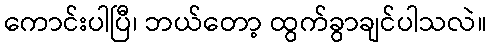
ကောင်းပါပြီ၊ ဘယ်တော့ ထွက်ခွာချင်ပါသလဲ။